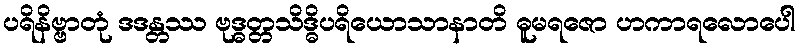
ပရိနိဗ္ဗာတုံ ဒဒန္တဿ ဗုဒ္ဓတ္တသိဒ္ဓိပရိယောသာနာတိ ဓူမရဇော ဟကာရလောပေါ